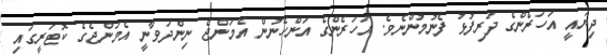
ދިޔައީ އަހަރެންގެ ދަރިފުޅު ފެނުމުންނެވެ. އަހަރެންގެ އަންހެނުން އެމަންޖެ ނިންދަވާނީ އެމަންޖެގެ ކޮޓަރީގައި